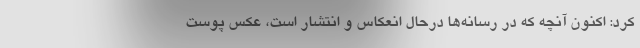
کرد: اکنون آنچه که در رسانه‌ها درحال انعکاس و انتشار است،‌ عکس پوست